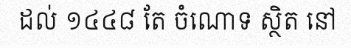
ដល់ ១៤៤៨ តែ ចំណោទ ស្ថិត នៅ